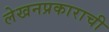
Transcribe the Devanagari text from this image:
लेखनप्रकाराची